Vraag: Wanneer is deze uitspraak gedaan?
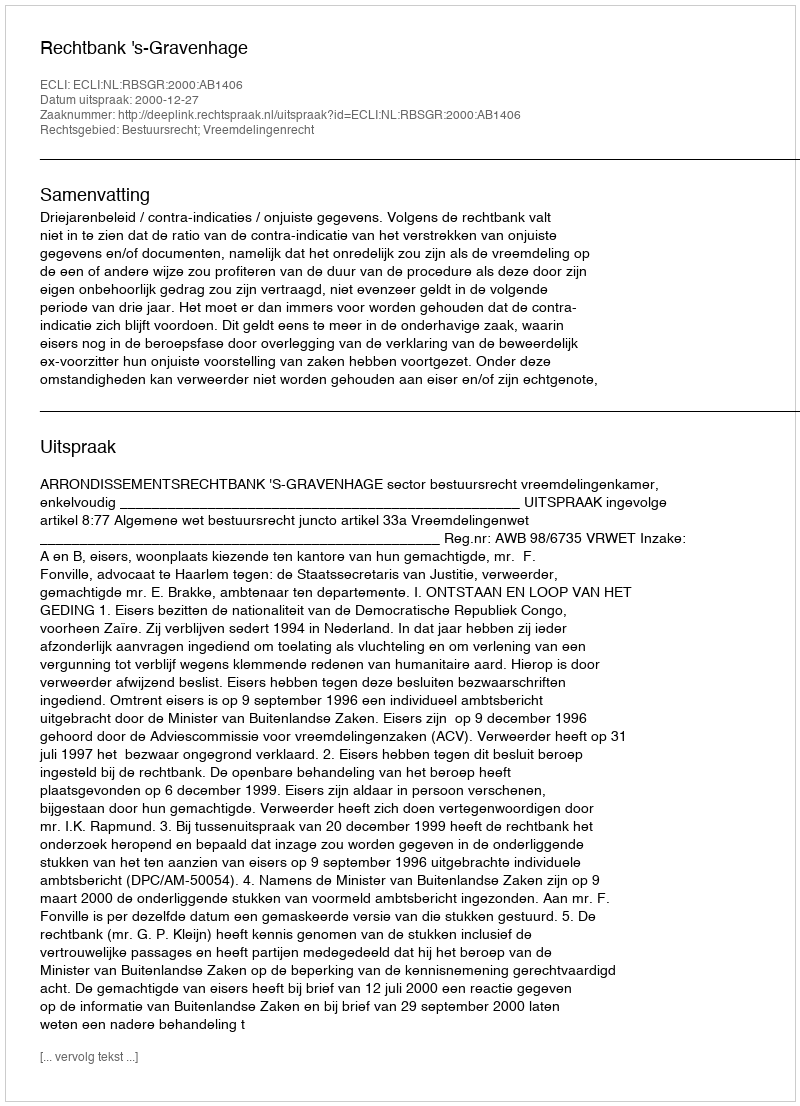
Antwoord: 2000-12-27